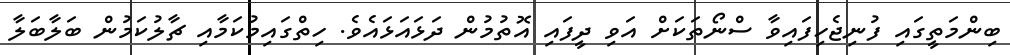
ބިންމަތީގައި ފުނިޖެހިފައިވާ ސްނޯތަކަށް އަވި ދީފައި އޮތުމުން ދަޅައަޅައެވެ. ހިތްގައިމުކަމާއި ޗާލުކަމުން ބަލާބަލާ